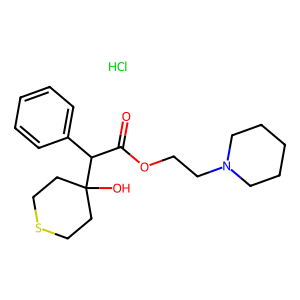
SMILES: Cl.O=C(OCCN1CCCCC1)C(c1ccccc1)C1(O)CCSCC1
Inhibits HIV replication: No